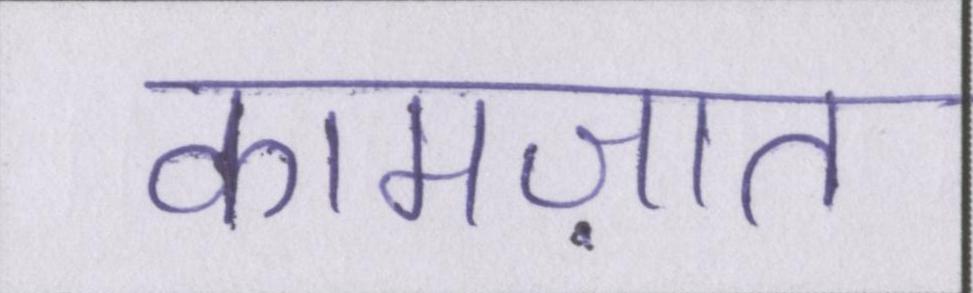
कामज़ात